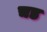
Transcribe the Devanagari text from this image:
चड